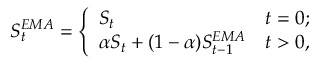
S _ { t } ^ { E M A } = \left\{ \begin{array} { l l } { S _ { t } } & { t = 0 ; } \\ { \alpha S _ { t } + ( 1 - \alpha ) S _ { t - 1 } ^ { E M A } } & { t > 0 , } \end{array} \right.